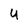
Character: u